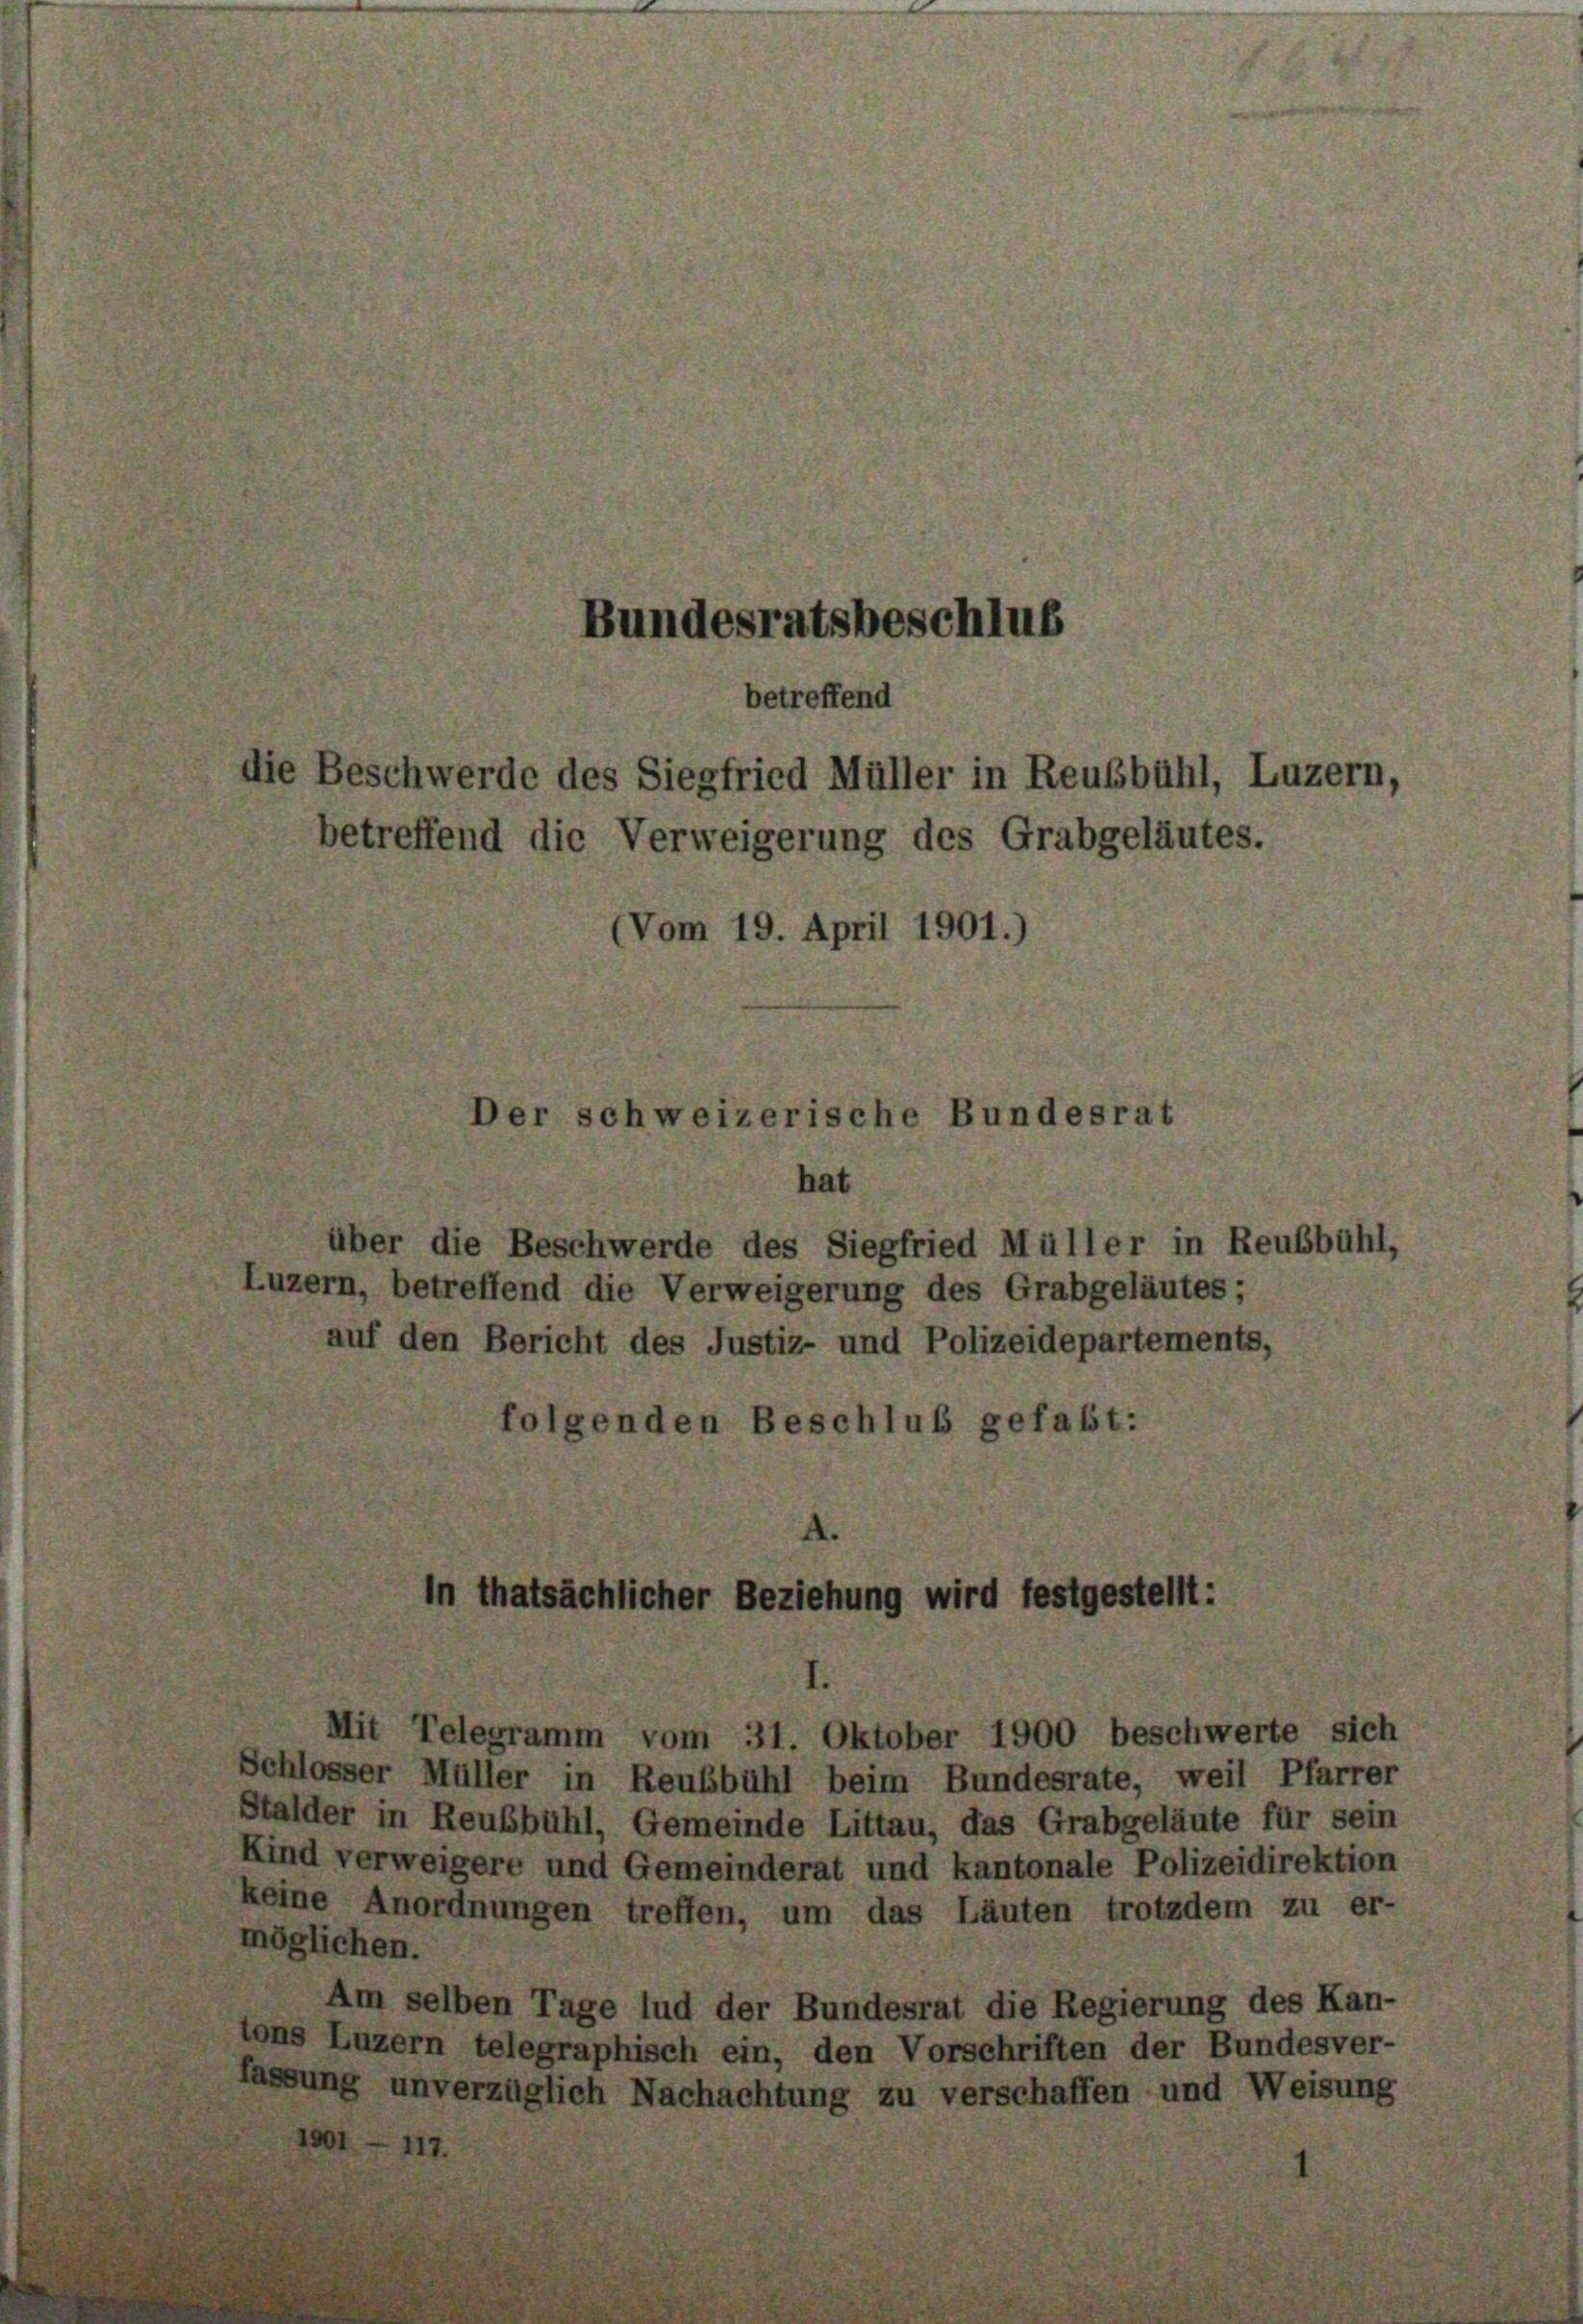
Bundesratsbeschlus
betreffend
lie Beschwerde des Siegfried Müller in Reußbühl, Luzern,
betreffend die Verweigerung des Grabgeläutes.
Vom 19. April 1901.)
er schweizerische Bundesrat

hat
über die Beschwerde des Siegfried Müller in Reubb
uzern, betreffend die Verweigerung des Grabgeläutes;
auf den Bericht des Justiz- und Polizeidepartements,
folgenden Beschluß gefaßt:

thatsächlicher Beziehung wird festgestellt:

uhl,

Mit Telegramm vom 31. Oktober 1900 beschwerte sich
Schlosser Müller in Reubbühl beim Bundesrate, weil Pfarrer
Stalder in Reubbühl, Gemeinde Littau, das Grabgeläute für sein
Kind verweigere und Gemeinderat und kantonale Polizeidirektion
keine Anordnungen treffen, um das Läuten trotzdem zu er-
möglichen.
Am selben Tage lud der Bundesrat die Regierung des Kan-
ons Luzern telegraphisch ein, den Vorschriften der Bundesver-
lassung unverzüglich Nachachtung zu verschaffen und Weisung